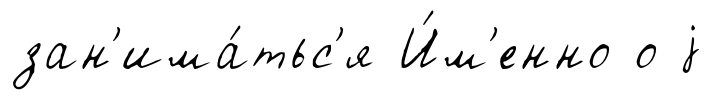
зан'има́тьс'я И́м'енно о j